Report on lock hospitals in British Burma
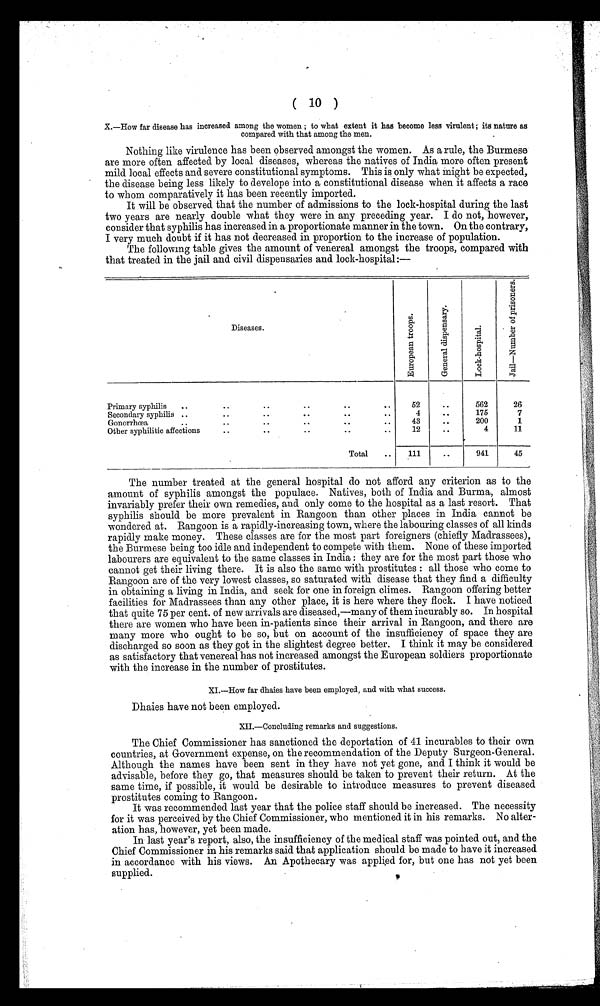
( 10 )
X.—How far disease has increased among the women ; to what extent it has become less virulent ; its nature as
compared with that among the men.
Nothing like virulence has been observed amongst the women. As a rule, the Burmese
are more often affected by local diseases, whereas the natives of India more often present
mild local effects and severe constitutional symptoms. This is only what might be expected,
the disease being less likely to develope into a constitutional disease when it affects a race
to whom comparatively it has been recently imported.
It will be observed that the number of admissions to the lock-hospital during the last
two years are nearly double what they were in any preceding year. I do not, however,
consider that syphilis has increased in a proportionate manner in the town. On the contrary,
I very much doubt if it has not decreased in proportion to the increase of population.
The following table gives the amount of venereal amongst the troops, compared with
that treated in the jail and civil dispensaries and lock-hospital:—
Diseases.
E u r o p e a n t r o o p s .
G e n e r a l d i s p e n s a r y .
L o c k - h o s p i t a l . J a i l - N u m b e r o f p r i s o n e r s .
Primary syphilis
..
. .
. .
..
..
..
52
..
562
26
Secondary syphilis ..
. .
..
. .
..
..
4
..
175
7
Gonorrhœa..
..
. .
. .
..
..
43
..
200
1
Other syphilitic affections
. .
..
..
..
..
12
. .
4
11
Total
..
1 1 1
..
941
45
The number treated at the general hospital do not afford any criterion as to the
amount of syphilis amongst the populace. Natives, both of India and Burma, almost
invariably prefer their own remedies, and only come to the hospital as a last resort. That
syphilis should be more prevalent in Rangoon than other places in India cannot be
wondered at. Rangoon is a rapidly-increasing town, where the labouring classes of all kinds
rapidly make money. These classes are for the most part foreigners (chiefly Madrassees),
the Burmese being too idle and independent to compete with them. None of these imported
labourers are equivalent to the same classes in India : they are for the most part those who
cannot get their living there. It is also the same with prostitutes : all those who come to
Rangoon are of the very lowest classes, so saturated with disease that they find a difficulty
in obtaining a living in India, and seek for one in foreign climes. Rangoon offering better
facilities for Madrassees than any other place, it is here where they flock. I have noticed
that quite 75 per cent. of new arrivals are diseased,—many of them incurably so. In hospital
there are women who have been in-patients since their arrival in Rangoon, and there are
many more who ought to be so, but on account of the insufficiency of space they are
discharged so soon as they got in the slightest degree better. I think it may be considered
as satisfactory that venereal has not increased amongst the European soldiers proportionate
with the increase in the number of prostitutes.
XI.—How far dhaies have been employed, and with what success.
Dhaies have not been employed.
XII.—Concluding remarks and suggestions.
The Chief Commissioner has sanctioned the deportation of 41 incurables to their own
countries, at Government expense, on the recommendation of the Deputy Surgeon-General.
Although the names have been sent in they have not yet gone, and I think it would be
advisable, before they go, that measures should be taken to prevent their return. At the
same time, if possible, it would be desirable to introduce measures to prevent diseased
prostitutes coming to Rangoon.
It was recommended last year that the police staff should be increased. The necessity
for it was perceived by the Chief Commissioner, who mentioned it in his remarks. No alter-
ation has, however, yet been made.
In last year's report, also, the insufficiency of the medical staff was pointed out, and the
Chief Commissioner in his remarks said that application should be made to have it increased
in accordance with his views. An Apothecary was applied for, but one has not yet been
supplied.